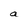
Character: a